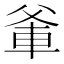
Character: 𭶼